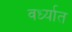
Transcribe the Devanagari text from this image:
वर्ध्यात